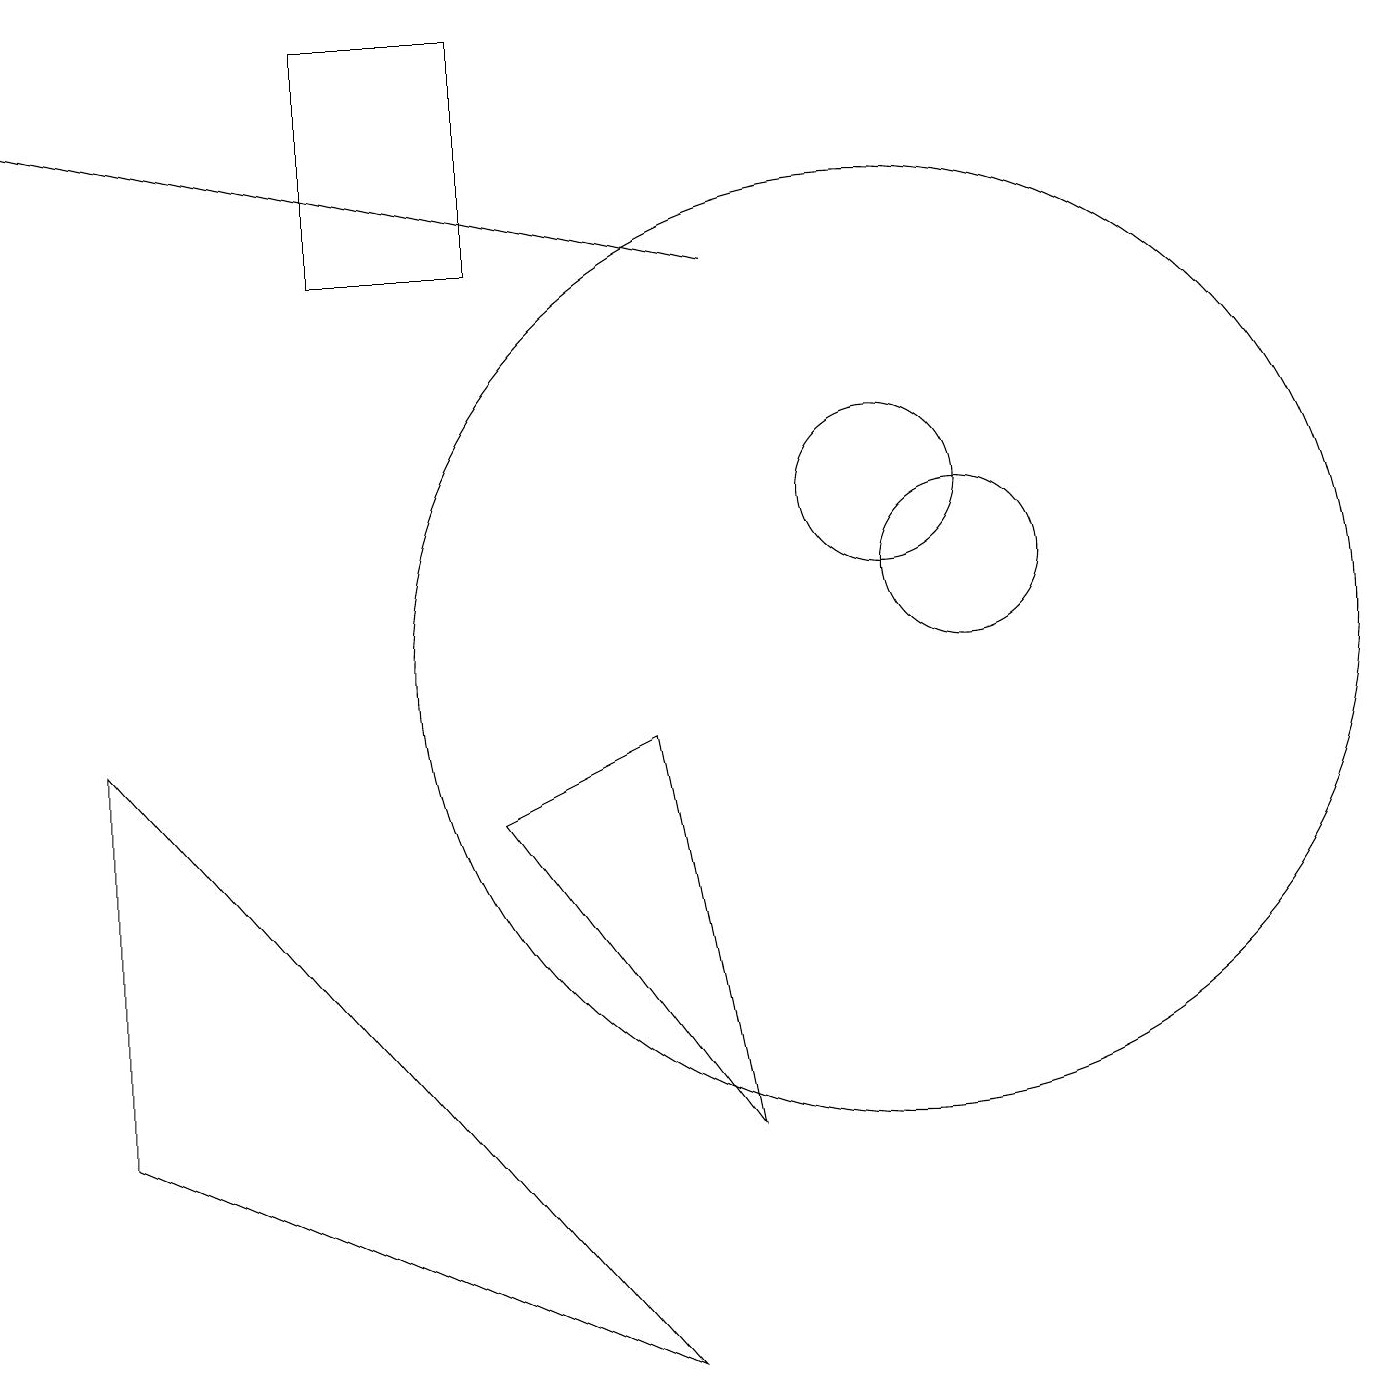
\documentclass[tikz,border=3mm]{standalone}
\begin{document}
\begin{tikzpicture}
\draw (11,10) circle (6);
\draw (12,11) circle (1);
\draw (6,8) -- (9,4) -- (8,9) -- cycle;
\draw (1,4) -- (1,9) -- (8,1) -- cycle;
\draw[->] (9,15) -- (0,17);
\draw (4,18) rectangle (6,15);
\draw (11,12) circle (1);
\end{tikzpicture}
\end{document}